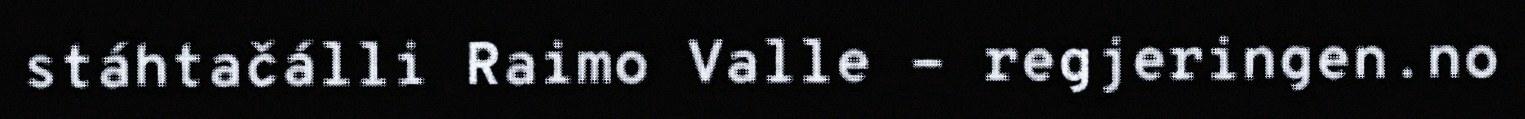
stáhtačálli Raimo Valle - regjeringen.no